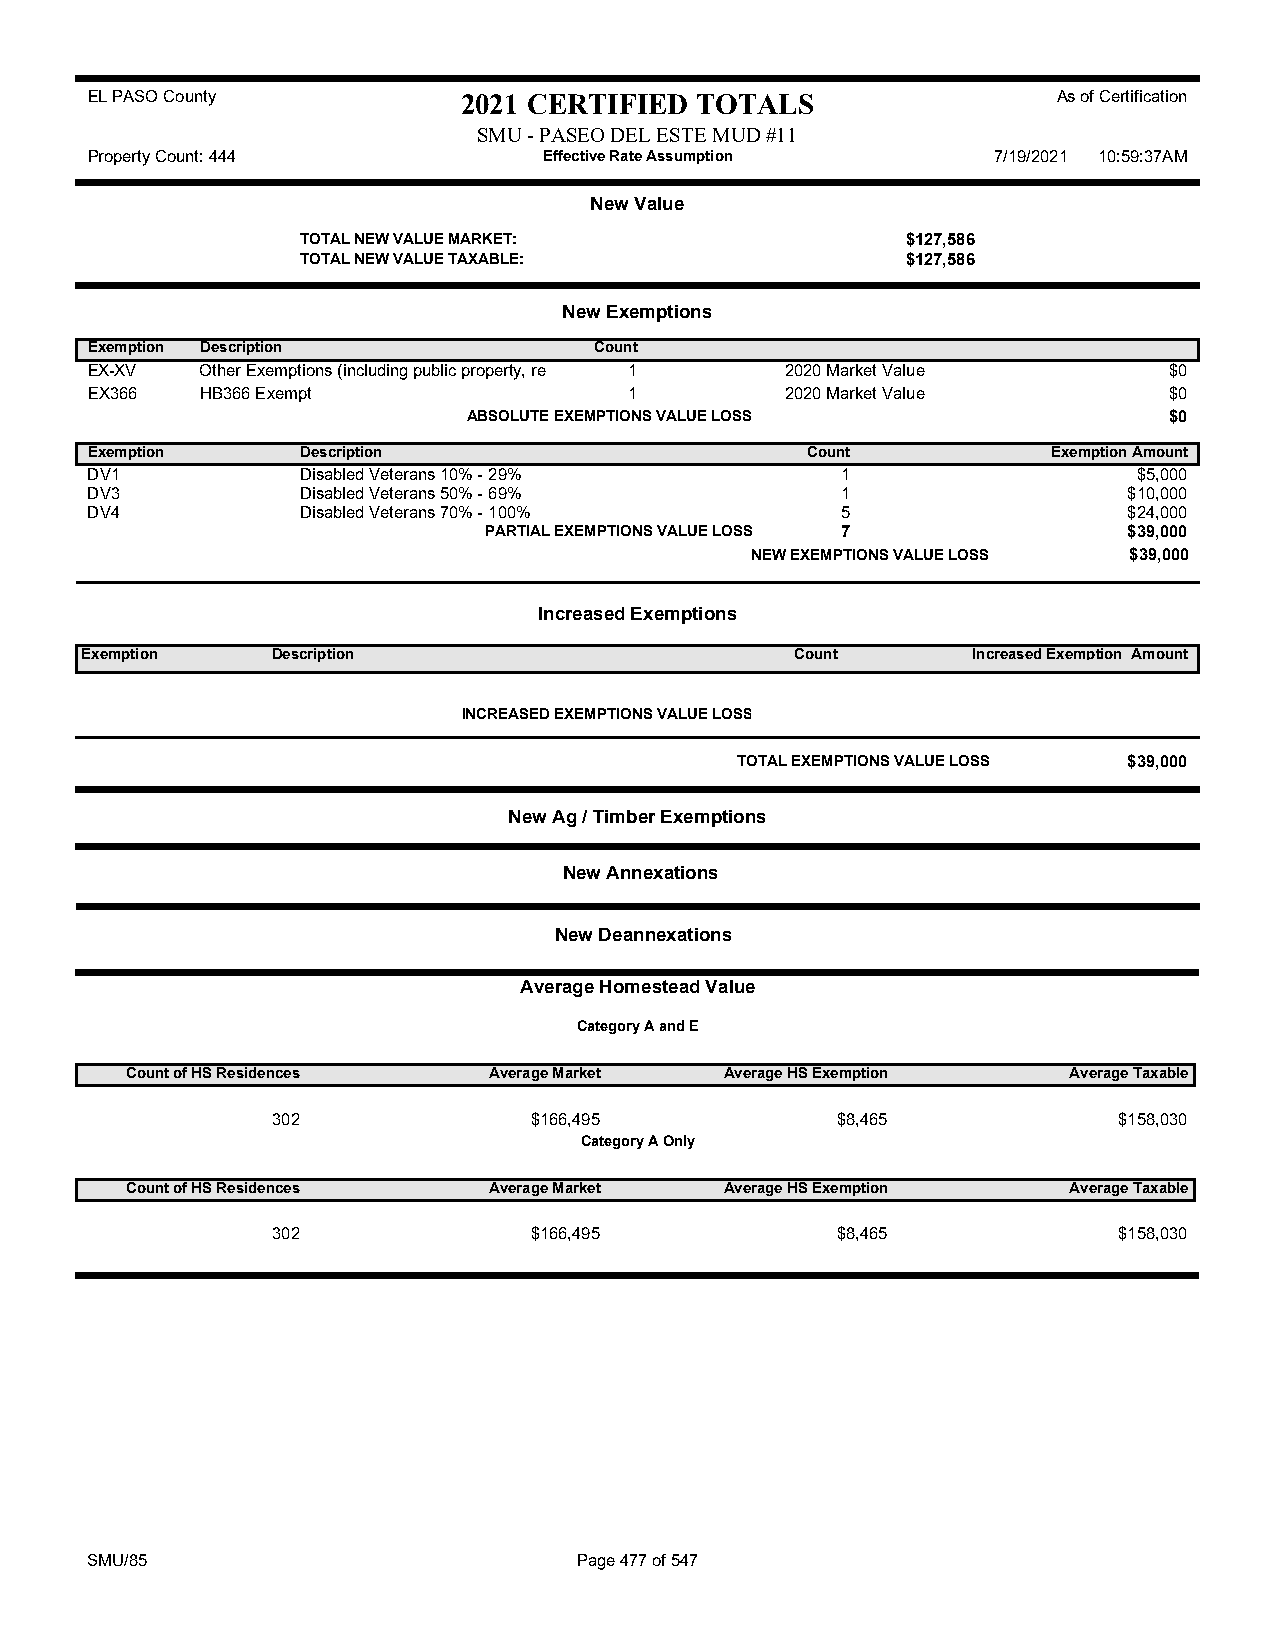
EL PASO County           2021 CERTIFIED TOTALS                  As of Certification
 SMU - PASEO DEL ESTE MUD #11
 Property Count: 444           Effective Rate Assumption     7/19/2021 10:59:37AM
 New Value
 TOTAL NEW VALUE MARKET:                 $127,586
 TOTAL NEW VALUE TAXABLE:                $127,586
 New Exemptions
 Exemption Description            Count
 EX-XV  Other Exemptions (including public property, re 1 2020 Market Value $0
 EX366  HB366 Exempt                 1         2020 Market Value        $0
 ABSOLUTE EXEMPTIONS VALUE LOSS                $0
 Exemption     Description                      Count            Exemption Amount
 DV1           Disabled Veterans 10% - 29%         1                  $5,000
 DV3           Disabled Veterans 50% - 69%         1                  $10,000
 DV4           Disabled Veterans 70% - 100%        5                  $24,000
 PARTIAL EXEMPTIONS VALUE LOSS 7            $39,000
 NEW EXEMPTIONS VALUE LOSS $39,000
 Increased Exemptions
 Exemption    Description                        Count      Increased Exemption Amount
 INCREASED EXEMPTIONS VALUE LOSS
 TOTAL EXEMPTIONS VALUE LOSS $39,000
 New Ag / Timber Exemptions
 New Annexations
 New Deannexations
 Average Homestead Value
 Category A and E
 Count of HS Residences  Average Market  Average HS Exemption   Average Taxable
 302              $166,495            $8,465             $158,030
 Category A Only
 Count of HS Residences  Average Market  Average HS Exemption   Average Taxable
 302              $166,495            $8,465             $158,030
 SMU/85                          Page 477 of 547